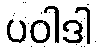
ပဝါဒါ